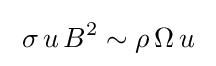
\;\sigma \,u\,B^{2}\sim \rho \,\Omega \,u\;